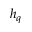
h _ { q }